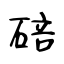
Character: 碚